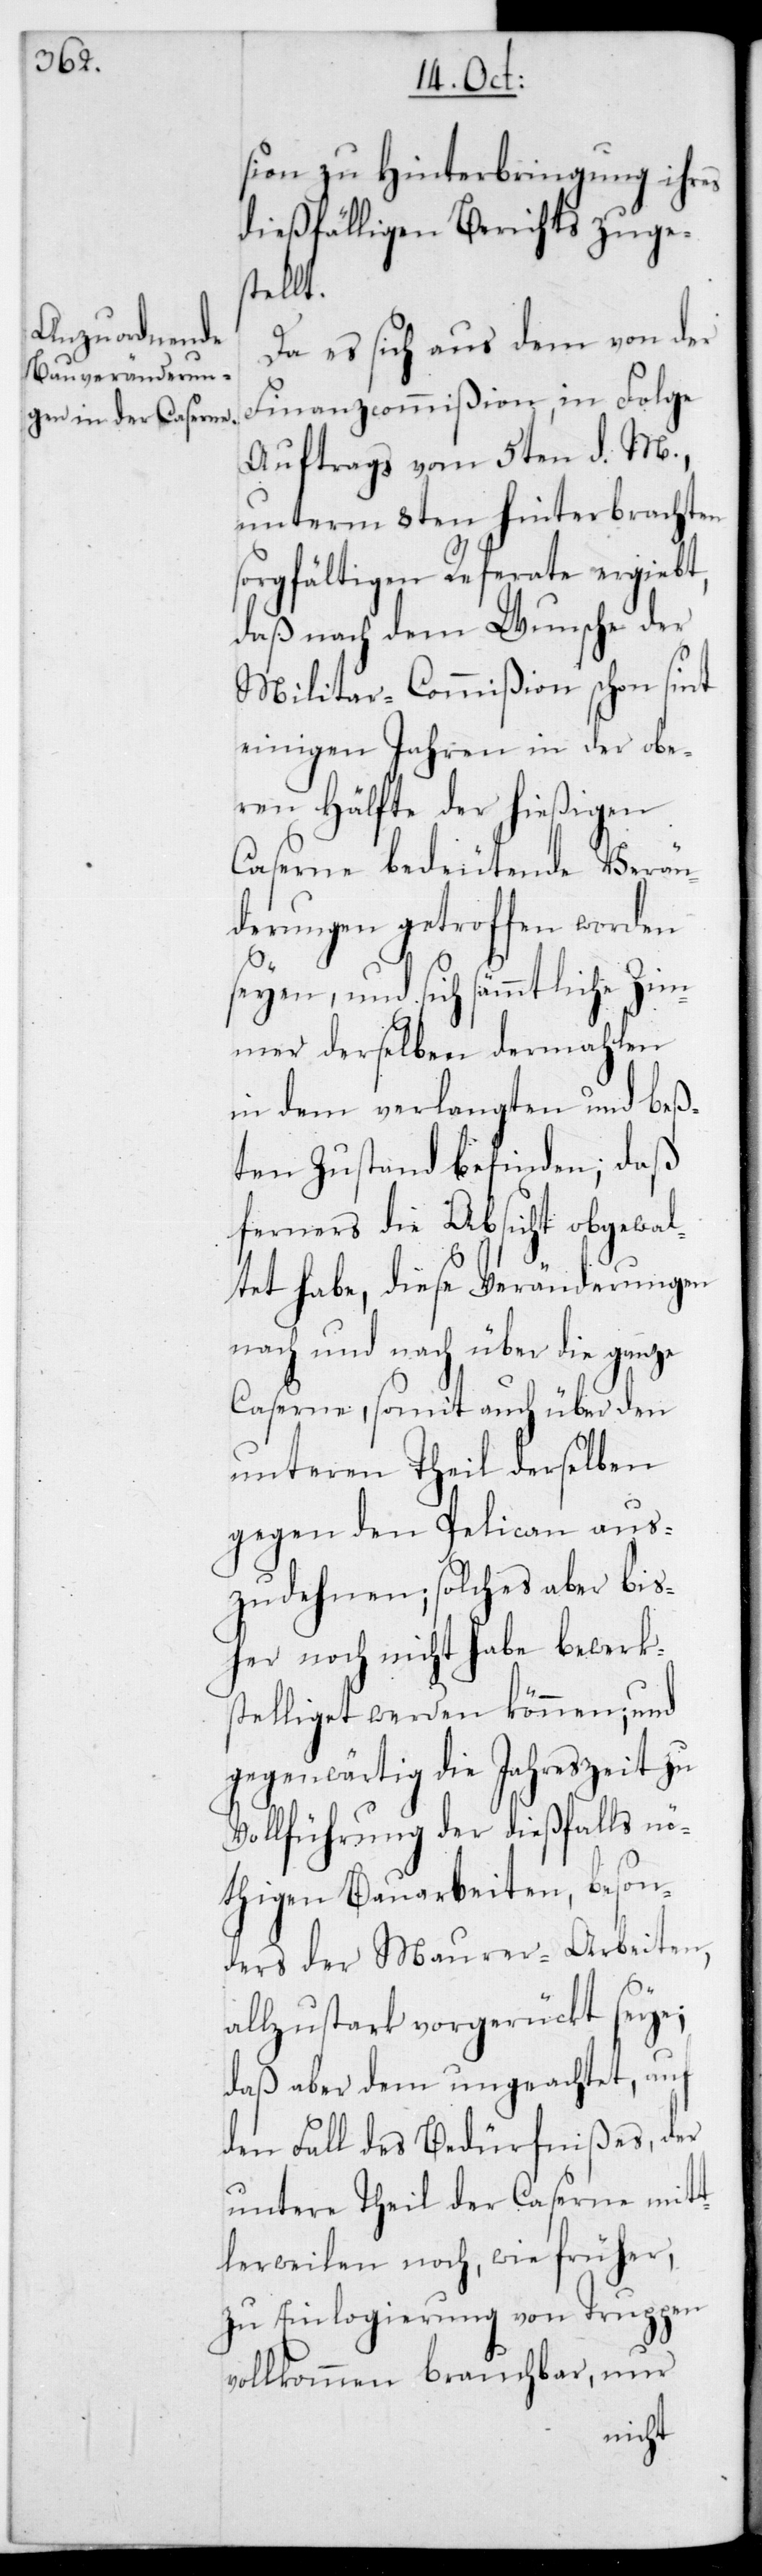
sion zu Hinterbringung ihres
dießfälligen Berichts zuges¬
tellt.
Da es sich aus dem von der
Finanzcommißion, in Folge
Auftrags vom 5ten d. M.,
unterm 8ten hinterbrachten
sorgfältigen Referate ergiebt,
daß nach dem Wunsche der
Militar-Commißion schon sint
einigen Jahren in der obe¬
ren Hälfte der hießigen
Caserne bedeutende Verän¬
derungen getroffen worden
seyen, und sich sämmtliche Zim¬
mer derselben dermahlen
in dem verlangten und bes¬
ten Zustand befinden; daß
ferners die Absicht obgewal¬
tet habe, diese Veränderungen
nach und nach über die ganze
Caserne, somit auch über den
unteren Theil derselben
gegen den Pelican aus¬
zudehnen; solches aber bis¬
her noch nicht habe bewerk¬
stelliget werden können; und
gegenwärtig die Jahreszeit zu
Vollführung der dießfalls nö¬
thigen Bauarbeiten, beson¬
ders der Maurer-Arbeiten,
allzu stark vorgerückt seye;
daß aber dem ungeachtet, auf
den Fall des Bedürfnißes, der
untere Theil der Caserne mitt¬
lerweilen noch wie früher,
zu Einlogierung von Truppen
vollkommen brauchbar, nur